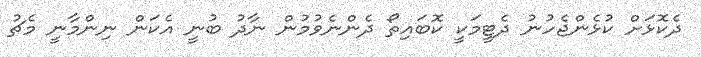
ދެކޮޅަށް ކުޅެންޖެހުނު ދެޓީމަކީ ކޮބައިތޯ ދެންނެވުމުން ނާދު ބުނީ އެކަން ނިންމާނީ މެޗު